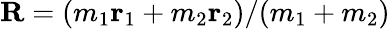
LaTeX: {\mathbf R}=(m_{1}{\mathbf r}_{1}+m_{2}{\mathbf r}_{2})/(m_{1}+m_{2})